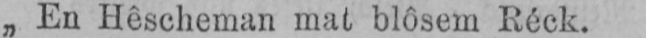
„En Hêscheman mat blôsem Réck.